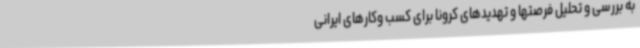
به بررسی و تحلیل فرصتها و تهدیدهای کرونا برای کسب وکارهای ایرانی